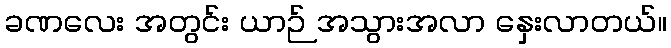
ခဏလေး အတွင်း ယာဉ် အသွားအလာ နှေးလာတယ်။